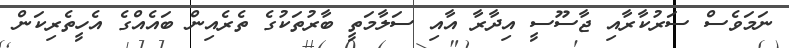
ނަމަވެސް ސަރުކާރާއި ޖާސޫސީ އިދާރާ އާއި ސަލާމަތީ ބާރުތަކުގެ ތެރެއިން ބައެއްގެ އެހީތެރިކަން